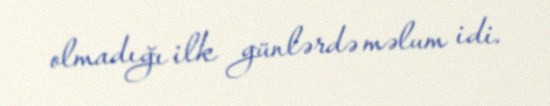
olmadığı ilk günlərdə məlum idi.